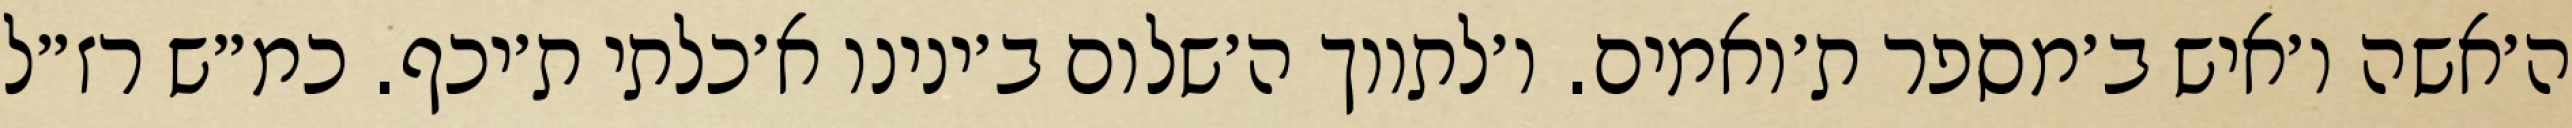
ה׳אשה ו׳איש ב׳מספר ת׳ואמים. ו׳לתווך ה׳שלום ב׳ינינו א׳כלתי ת׳יכף. כמ״ש רז״ל